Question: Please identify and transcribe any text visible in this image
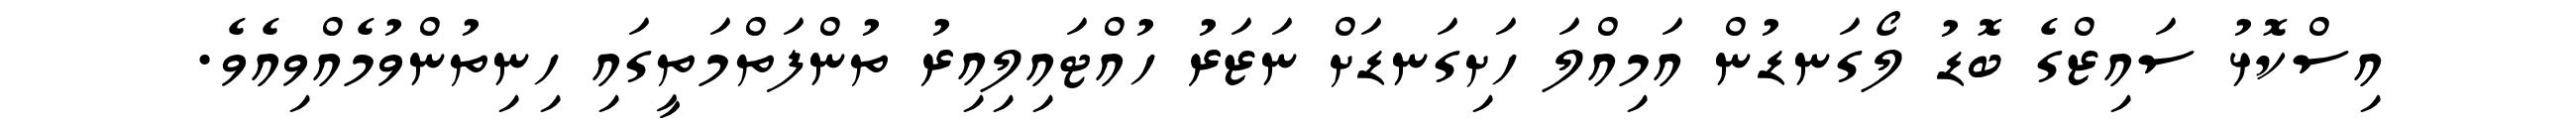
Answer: އިސްކޮޅު ސައިޒްގެ ބޮޑު ލޯގަނޑުން އަމިއްލަ ހަށިގަނޑަށް ނަޒަރު ހުއްޓައިލިއިރު ތުންފަތްމަތީގައި ހިނިތުންވުމެއްވިއެވެ.